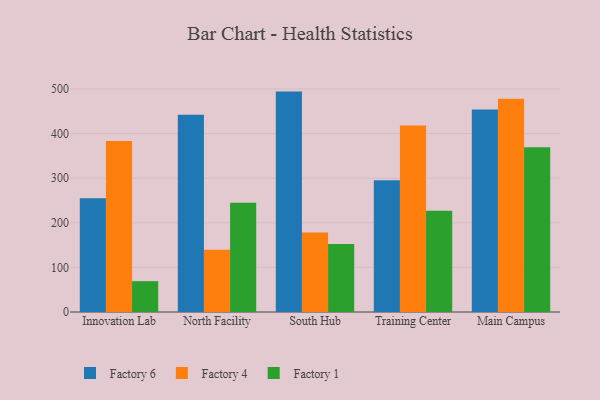
{"axis": {"x": "Campus", "y": "Bounce Rate (%)"}, "legend": ["Factory 1", "Factory 4", "Factory 6"], "data": [{"x": "Innovation Lab", "y": 255.0, "type": "Factory 6"}, {"x": "Innovation Lab", "y": 383.2, "type": "Factory 4"}, {"x": "Innovation Lab", "y": 69.1, "type": "Factory 1"}, {"x": "North Facility", "y": 442.2, "type": "Factory 6"}, {"x": "North Facility", "y": 139.8, "type": "Factory 4"}, {"x": "North Facility", "y": 244.9, "type": "Factory 1"}, {"x": "South Hub", "y": 494.0, "type": "Factory 6"}, {"x": "South Hub", "y": 178.4, "type": "Factory 4"}, {"x": "South Hub", "y": 152.6, "type": "Factory 1"}, {"x": "Training Center", "y": 295.4, "type": "Factory 6"}, {"x": "Training Center", "y": 417.8, "type": "Factory 4"}, {"x": "Training Center", "y": 226.9, "type": "Factory 1"}, {"x": "Main Campus", "y": 454.0, "type": "Factory 6"}, {"x": "Main Campus", "y": 477.7, "type": "Factory 4"}, {"x": "Main Campus", "y": 369.1, "type": "Factory 1"}]}